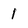
Character: 1